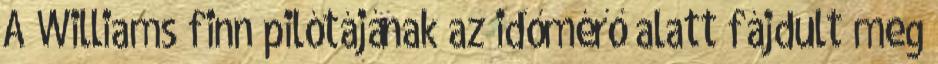
A Williams finn pilótájának az időmérő alatt fájdult meg